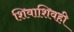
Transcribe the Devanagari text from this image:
शिवाशिवही